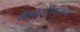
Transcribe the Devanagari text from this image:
मॅग्नॅन्टीयसने